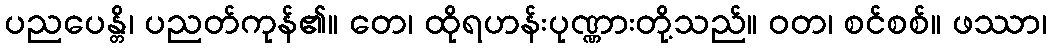
ပညပေန္တိ၊ ပညတ်ကုန်၏။ တေ၊ ထိုရဟန်းပုဏ္ဏားတို့သည်။ ဝတ၊ စင်စစ်။ ဖဿာ၊